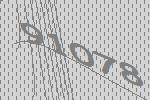
91078